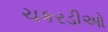
ચકરડીઓ